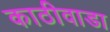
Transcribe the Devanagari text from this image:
काठीवाडा